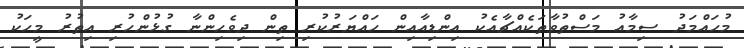
މުހައްމަދު ސިމާއު މަސްތުވާތަކެއްޗާއެކު އިންޑިއާއިން ހައްޔަރުކުރި ތިން ދިވެހިންނާ ގުޅުންހުރި އިތުރު މީހަކު